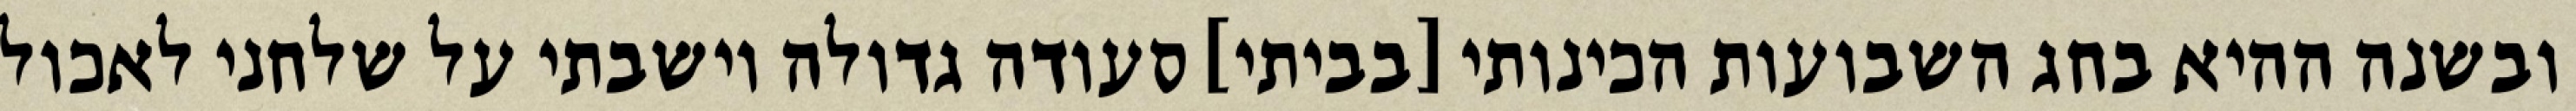
ובשנה ההיא בחג השבועות הכינותי [בביתי] סעודה גדולה וישבתי על שלחני לאכול